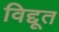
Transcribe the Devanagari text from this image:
विद्दूत